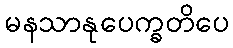
မနသာနုပေက္ခတိပေ